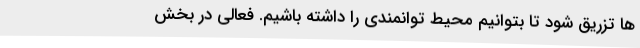
ها تزریق شود تا بتوانیم محیط توانمندی را داشته باشیم. فعالی در بخش